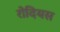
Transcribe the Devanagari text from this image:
रोदियस